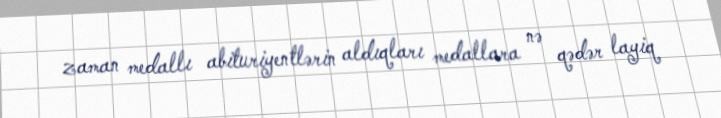
zaman medallı abituriyentlərin aldıqları medallara nə qədər layiq